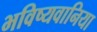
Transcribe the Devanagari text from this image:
भविष्यवानिया